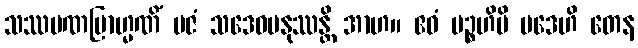
သဿမဏဗြာဟ္မဏိံ ပဇံ သဒေဝမနုဿန္တိ အာဟ။ ဧဝံ ပဉ္စဟိပိ ပဒေဟိ တေန